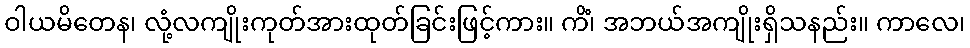
ဝါယမိတေန၊ လုံ့လကျိုးကုတ်အားထုတ်ခြင်းဖြင့်ကား။ ကိံ၊ အဘယ်အကျိုးရှိသနည်း။ ကာလေ၊